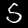
Digit: 5